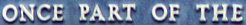
ONCE PART OF THE